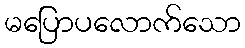
မပြောပလောက်သော